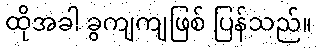
ထိုအခါ ခွကျကျဖြစ် ပြန်သည်။